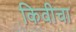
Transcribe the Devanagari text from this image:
किवीचा